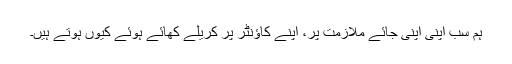
ہم سب اپنی اپنی جائے ملازمت پر، اپنے کاؤنٹر پر کریلے کھائے ہوئے کیوں ہوتے ہیں۔